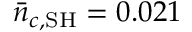
\bar { n } _ { c , \mathrm { S H } } = 0 . 0 2 1